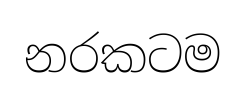
නරකටම